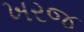
ખરજ